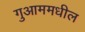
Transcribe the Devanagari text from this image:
गुआममधील